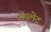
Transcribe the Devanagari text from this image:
अॅपलेट